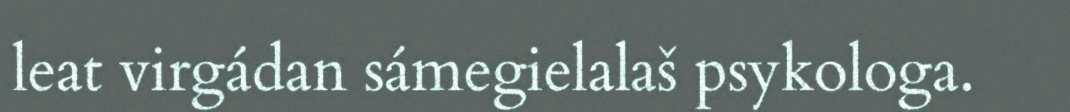
leat virgádan sámegielalaš psykologa.